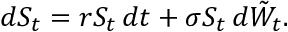
d S _ { t } = r S _ { t } \, d t + \sigma S _ { t } \, d { \tilde { W } } _ { t } .